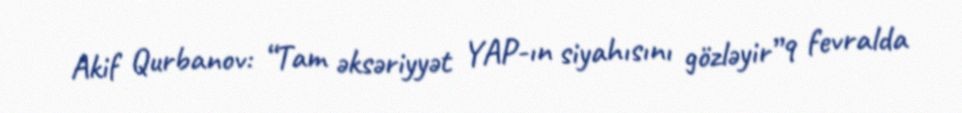
Akif Qurbanov: “Tam əksəriyyət YAP-ın siyahısını gözləyir”9 fevralda